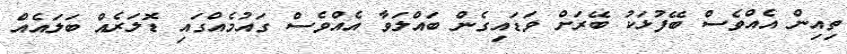
ތިއިން އެއްވެސް ބޭފުޅަކު ބޭރަށް ވަޑައިގެން ބައްލަވާ އެއްވެސް ގައުމެއްގައި ޑޮލަރެއް ބަލައެއް